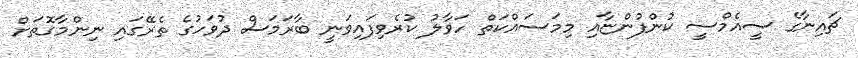
ޗައިނާގެ ސީއެމްސީ ކުންފުންޏާއި މިމަސައްކަތް ހަވާލު ކުރެވިފައިވަނީ ބާރަމަސް ދުވަހުގެ ތެރޭގައި ނިންމާގޮތަށް